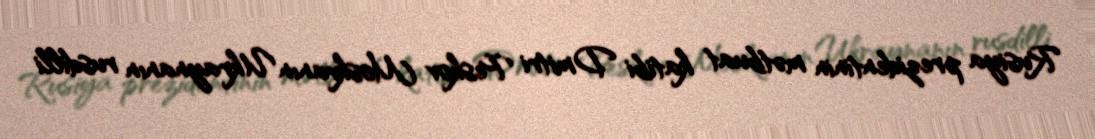
Rusiya prezidentinin mətbuat katibi Dmitri Peskov Moskvanın Ukraynanın rusdilli